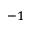
^ { - 1 }